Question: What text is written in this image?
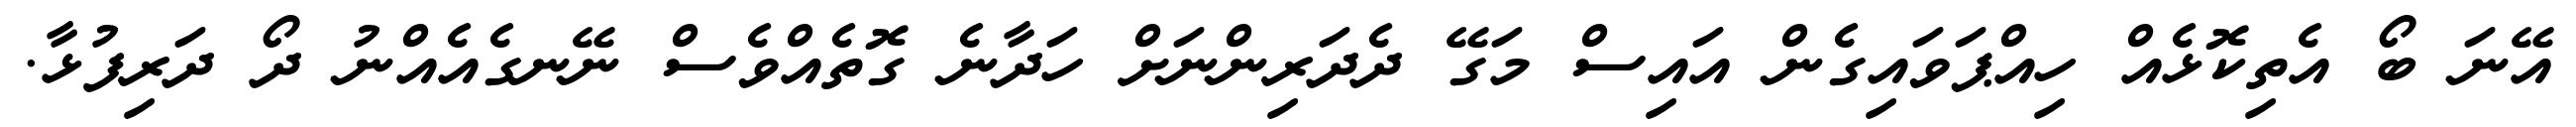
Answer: އޭނަ ބޯ އެތިކޮޅެއް ހިއްޕަވައިގެން އައިސް މަގޭ ދެދަރިންނަށް ހަދާނެ ގޮތެއްވެސް ނޭނގެއެއްނު ދޯ ދަރިފުޅާ.